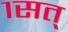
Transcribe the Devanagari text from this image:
१सत्